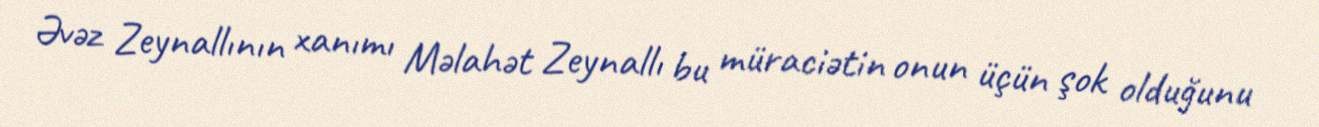
Əvəz Zeynallının xanımı Məlahət Zeynallı bu müraciətin onun üçün şok olduğunu